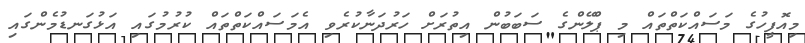
މިއޮފީހުގެ މަސައްކަތްތައް މި ޕްލޭންގެ ސަބަބުން އިތުރަށް ހަރުދަނާކުރެވި އެމަސައްކަތްތައް ކުރުމުގައި އަޅުގަނޑުމެންގައި